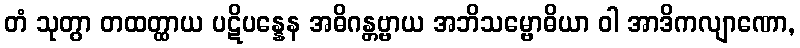
တံ သုတွာ တထတ္ထာယ ပဋိပန္နေန အဓိဂန္တဗ္ဗာယ အဘိသမ္ဗောဓိယာ ဝါ အာဒိကလျာဏော,